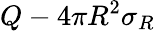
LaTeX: Q-4\pi R^{2}\sigma_{R}